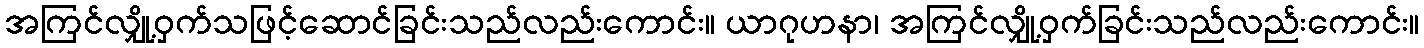
အကြင်လျှို့ဝှက်သဖြင့်ဆောင်ခြင်းသည်လည်းကောင်း။ ယာဂုဟနာ၊ အကြင်လျှို့ဝှက်ခြင်းသည်လည်းကောင်း။